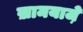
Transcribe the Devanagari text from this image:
ख़ामयाजे़